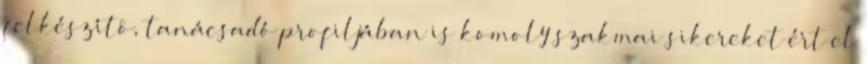
felkészítô, tanácsadó profiljában is komoly szakmai sikereket ért el